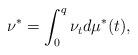
LaTeX: \begin{align*}\nu^* = \int_{0}^{q} \nu_t d\mu^*(t),\end{align*}